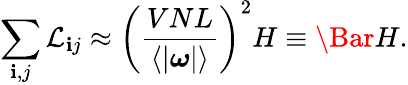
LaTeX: \sum_{\mathbf{i},j}\mathcal{{L}}_{\mathbf{i}j}\approx\left(\frac{{VNL}}{{\langle|\boldsymbol{\omega}|\rangle}}\right)^{2}H\equiv\Bar{H}.